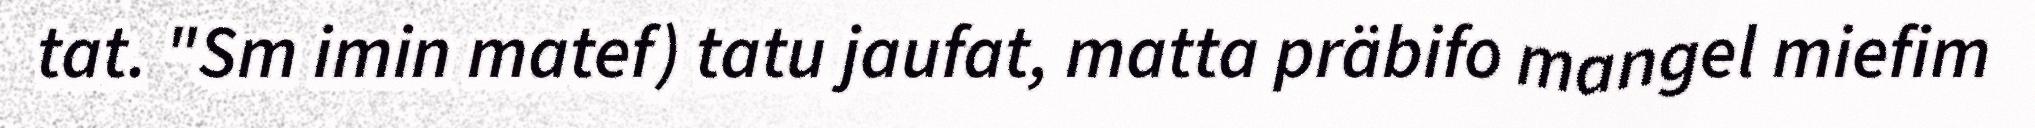
tat. "Sm imin matef) tatu jaufat, matta präbifo mangel miefim